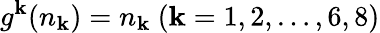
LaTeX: g^{\mathbf{k}}(n_{\mathbf{k}})=n_{\mathbf{k}}\ (\mathbf{k}=1,2,\ldots,6,8)